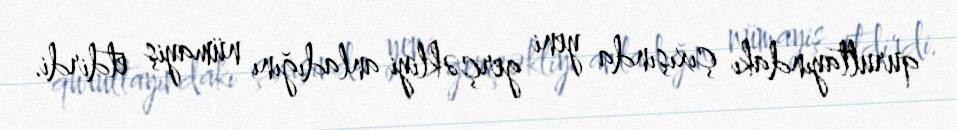
qurultayındakı çıxışında yeni gerçəkliyi anladığını nümayiş etdirdi.